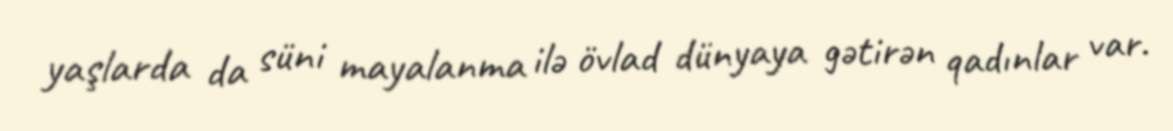
yaşlarda da süni mayalanma ilə övlad dünyaya gətirən qadınlar var.